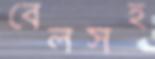
বেলসহ